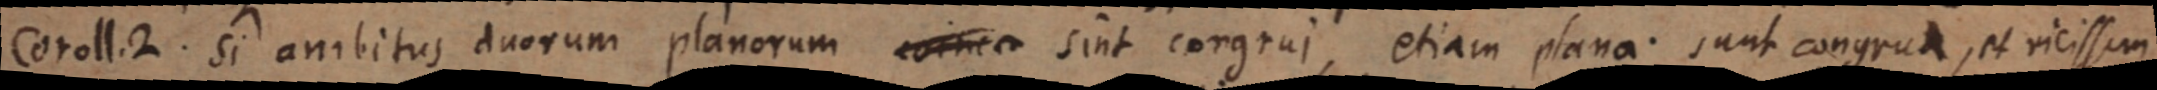
Coroll. 2. si ambitus duorum planorum _ sint congrui, etiam plana. sunt congrua, et vicissim